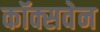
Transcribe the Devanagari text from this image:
कॉक्सवेन